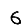
Digit: 6